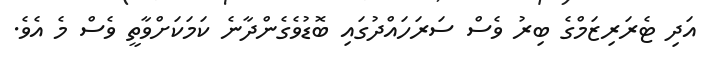
އަދި ޓެރަރިޒަމްގެ ބިރު ވެސް ސަރަހައްދުގައި ބޮޑުވެގެންދާނެ ކަމަކަށްވާތީ ވެސް މެ އެވެ.